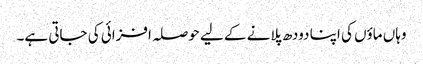
وہاں ماؤں کی اپنا دودھ پلانے کے لیے حوصلہ افزائی کی جاتی ہے۔